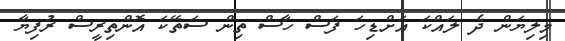
މިލިޔަން ދެ ލައްކަ އަށްޑިހަ ފަސް ހާސް ތިން ސަތޭކަ އޮންތިރީސް ރުފިޔާ